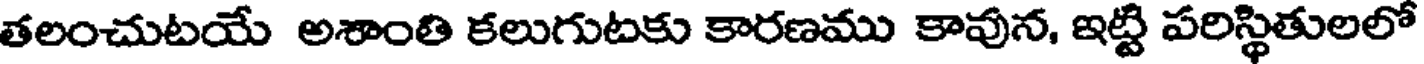
తలంచుటయే అశాంతి కలుగుటకు కారణము కావున, ఇట్టి పరిస్థితులలో